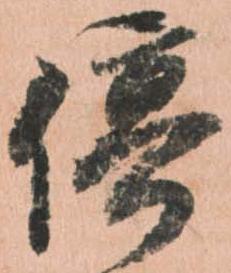
停